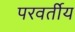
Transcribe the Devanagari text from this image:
परवर्तीय